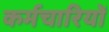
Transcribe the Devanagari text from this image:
कर्मचारियोँ